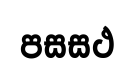
පසසථ